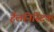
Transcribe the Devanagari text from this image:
हैलनिस्टिक